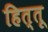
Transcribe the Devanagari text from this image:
हित्तू